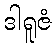
ဒါရူဇံ